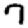
Digit: 7